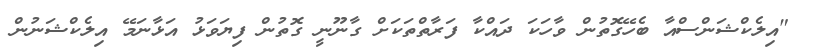
"އިލެކްޝަންސްއާ ބެހޭގޮތުން ވާހަކަ ދައްކާ ފަރާތްތަކަށް ގާނޫނީ ގޮތުން ފިޔަވަޅު އަޅާނަމޭ އިލެކްޝަނުން